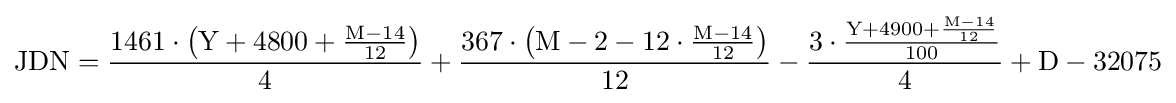
{\text{JDN}}={\frac {1461\cdot \left({\text{Y}}+4800+{\frac {{\text{M}}-14}{12}}\right)}{4}}+{\frac {367\cdot \left({\text{M}}-2-12\cdot {\frac {{\text{M}}-14}{12}}\right)}{12}}-{\frac {3\cdot {\frac {{\text{Y}}+4900+{\frac {{\text{M}}-14}{12}}}{100}}}{4}}+{\text{D}}-32075